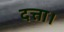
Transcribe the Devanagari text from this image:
दत्ता।